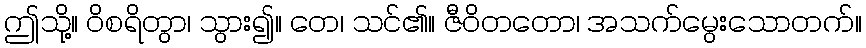
ဤသို့။ ဝိစရိတွာ၊ သွား၍။ တေ၊ သင်၏။ ဇီဝိတတော၊ အသက်မွေးသောတက်။